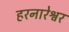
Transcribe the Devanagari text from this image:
हरनारेश्वर